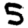
Digit: 5